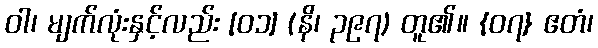
ဝါ၊ မျက်လုံးနှင့်လည်း [၀၁] (နိ၊ ၃၉၇) တူ၏။ {၀၇} ဧတံ၊